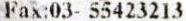
FAX:03- 55423213